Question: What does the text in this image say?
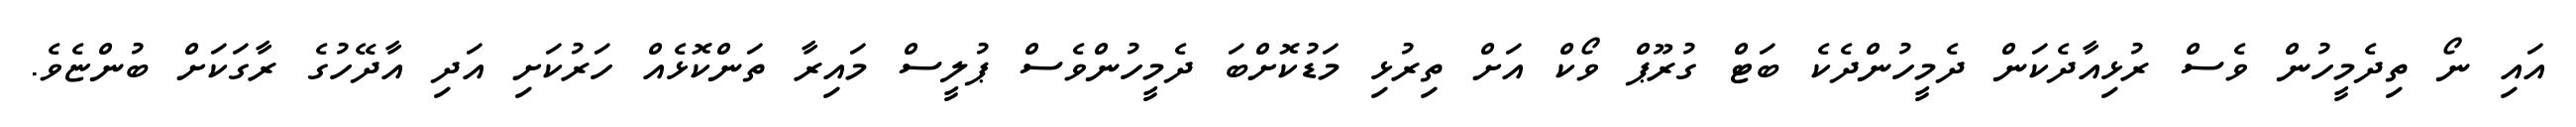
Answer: އައި ނޯ ތިދެމީހުން ވެސް ރުޅިއާދެކަން ދެމީހުންދެކެ ބަޓް ގުރޫޕް ވޯކް އަށް ތިރުޅި މަޑުކޮށްބަ ދެމީހުންވެސް ޕުލީސް މައިރާ ތަންކޮޅެއް ހަރުކަށި އަދި އާދޭހުގެ ރާގަކަށް ބުންޏެވެ.